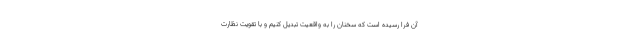
آن فرا رسیده است که سخنان را به واقعیت تبدیل کنیم و با تقویت نظارت